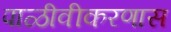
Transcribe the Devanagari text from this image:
पाळीवीकरणास